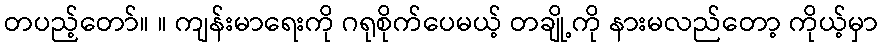
တပည့်တော်။ ။ ကျန်းမာရေးကို ဂရုစိုက်ပေမယ့် တချို့ကို နားမလည်တော့ ကိုယ့်မှာ